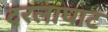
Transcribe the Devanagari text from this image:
दरलाघाट